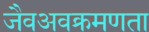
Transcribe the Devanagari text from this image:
जैवअवक्रमणता